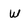
Character: W